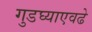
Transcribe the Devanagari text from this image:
गुडघ्याएवढे